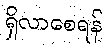
ရှိလာစေရန်